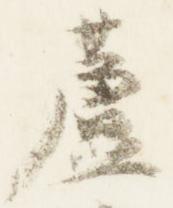
蘆